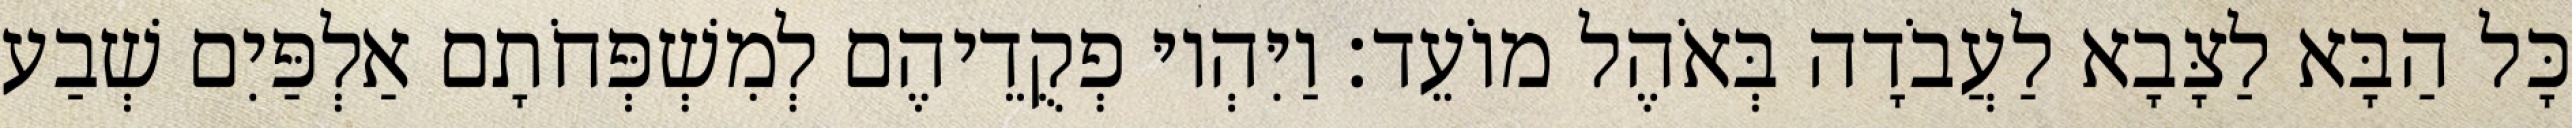
כָּל הַבָּא לַצָּבָא לַעֲבֹדָה בְּאֹהֶל מוֹעֵד׃ וַיִּהְיוּ פְקֻדֵיהֶם לְמִשְׁפְּחֹתָם אַלְפַּיִם שְׁבַע